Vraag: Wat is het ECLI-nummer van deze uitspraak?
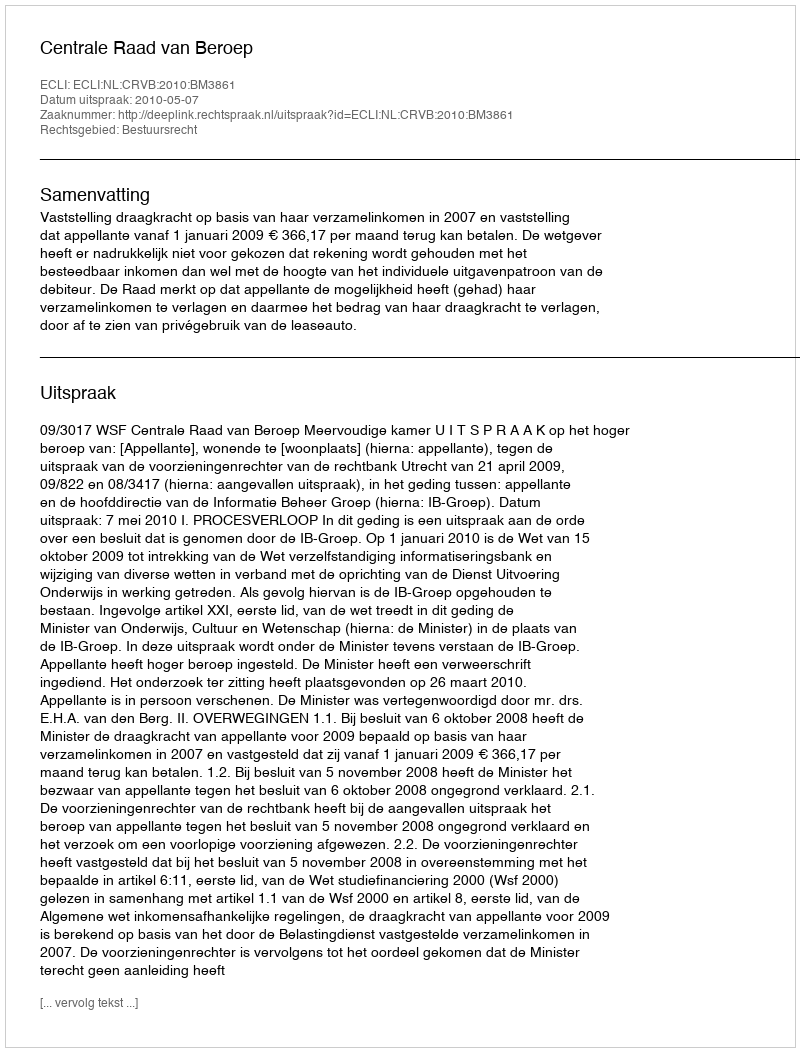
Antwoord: ECLI:NL:CRVB:2010:BM3861